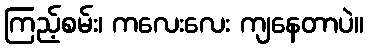
ကြည့်စမ်း၊ ကလေးလေး ကျနေတာပဲ။